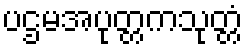
ပဌမအပုတ္တကသုတ္တံ